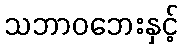
သဘာဝဘေးနှင့်